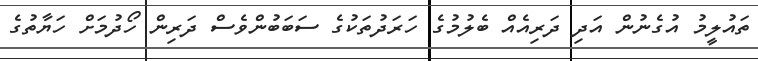
ތައުލީމު އުގެނުން އަދި ދަރިއެއް ބެލުމުގެ ހަރަދުތަކުގެ ސަބަބުންވެސް ދަރިން ހޯދުމަށް ހަޔާތުގެ